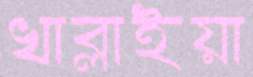
খাব্‌লাইয়া